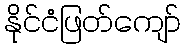
နိုင်ငံဖြတ်ကျော်